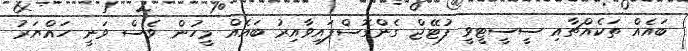
ބައެއް ތަކެއްޗާއި ސީސީޓީވީ ފުޓޭޖް ގެންގޮސްފައިވާއިރު ބައެއް މީހުން ވެސް ވަނީ ހައްޔަރު